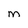
Character: m